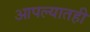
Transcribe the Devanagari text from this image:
आपल्यातही